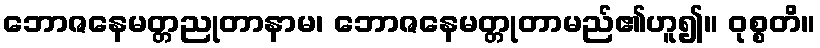
ဘောဇနေမတ္တညုတာနာမ၊ ဘောဇနေမတ္တုတာမည်၏ဟူ၍။ ဝုစ္စတိ။